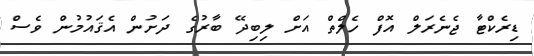
ޑިރެކްޓާ ޖެނެރަލް އޮފް ހެލްތް އަށް ލިބިދޭ ބާރުގެ ދަށުން އެޤައުމުން ވެސް